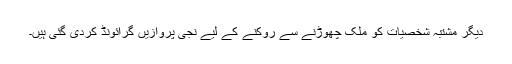
دیگر مشتبہ شخصیات کو ملک چھوڑنے سے روکنے کے لیے نجی پروازیں گرائونڈ کردی گئی ہیں۔